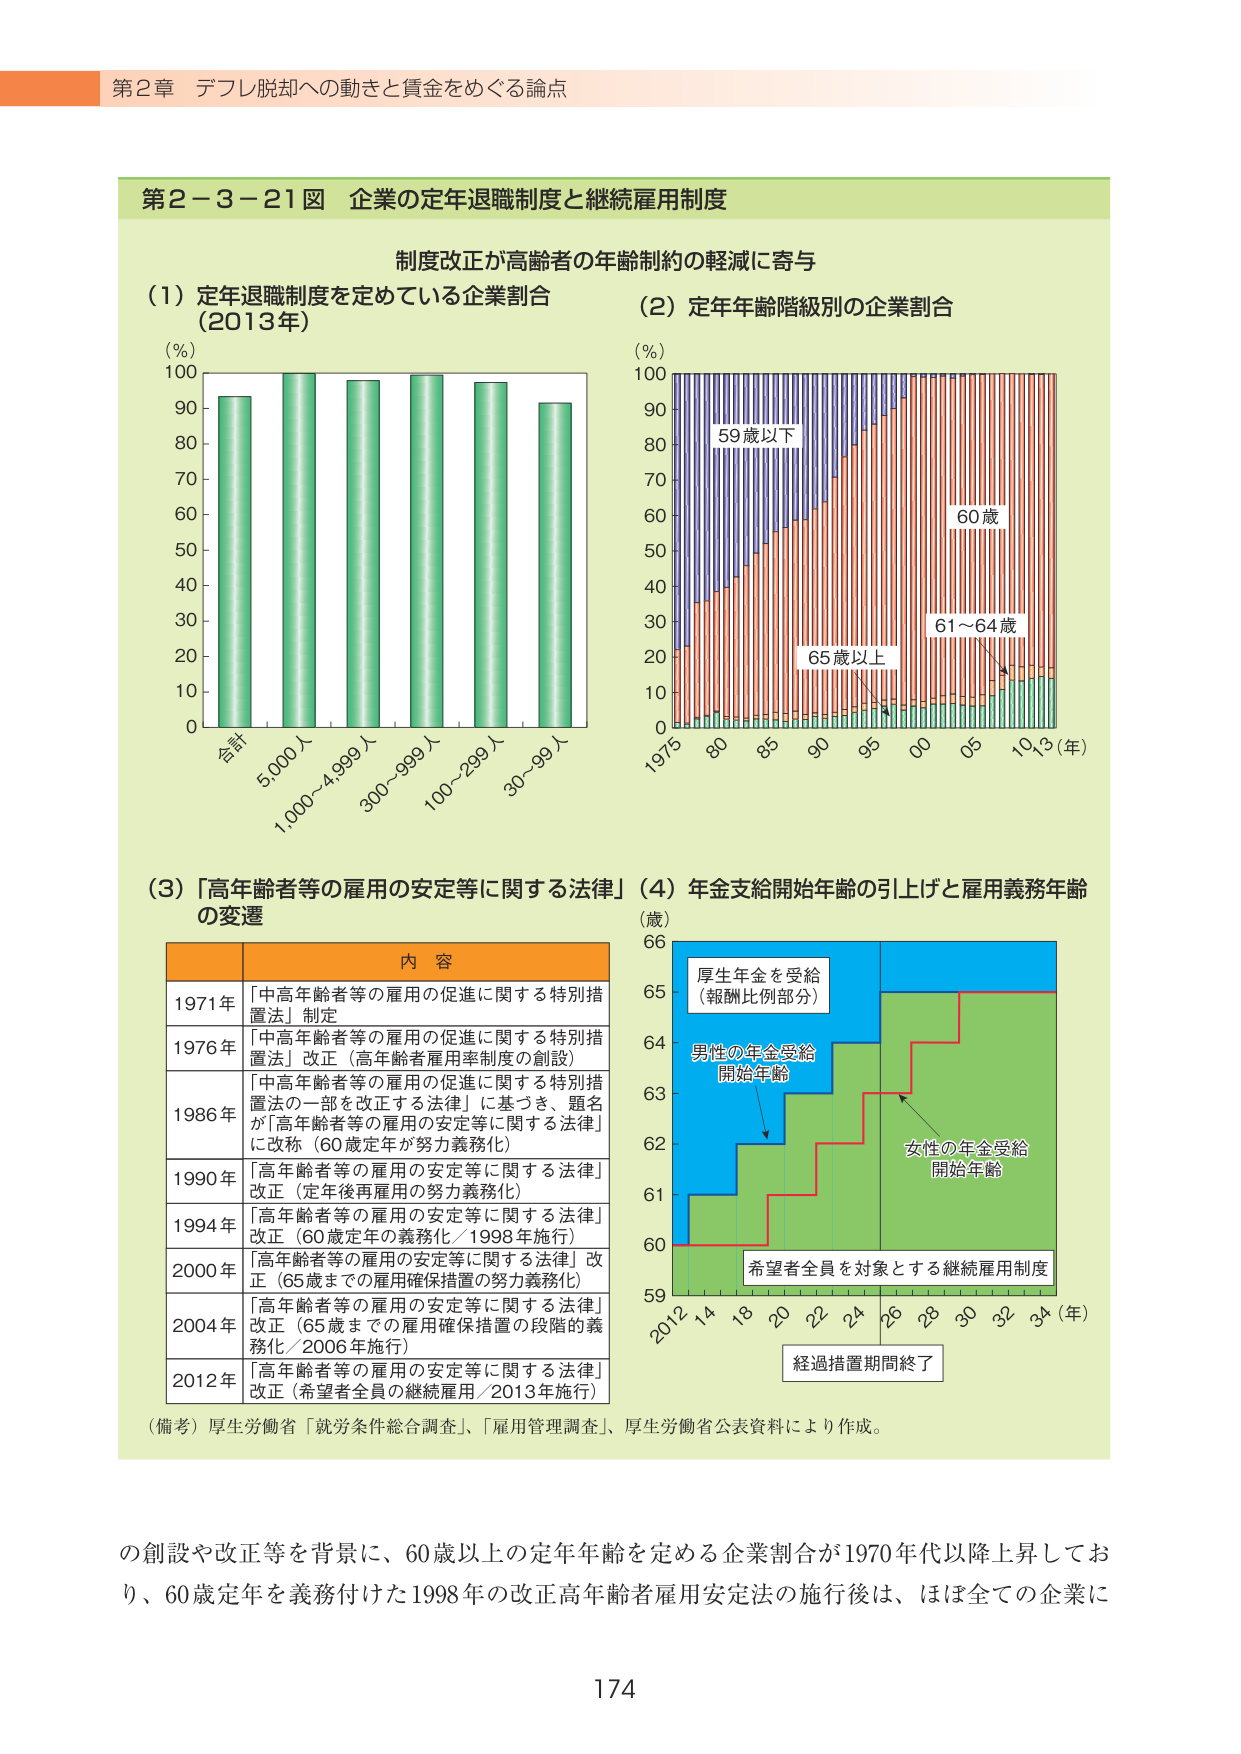
第2章 デフレ脱却への動きと賃金をめぐる論点

第2-3-21図 企業の定年退職制度と継続雇用制度

制度改正が高齢者の年齢制約の軽減に寄与

(1) 定年退職制度を定めている企業割合
(2013年)

(%) 100
90
80
70
60
50
40
30
20
10
0

合計
5,000人
1,000～4,999人
300～999人
100～299人
30～99人

(2) 定年年齢階級別の企業割合

(%) 100
90
80
70
60
50
40
30
20
10
0

59歳以下
60歳
61～64歳
65歳以上

1975 80 85 90 95 00 05 10 13 (年)

(3) 「高年齢者等の雇用の安定等に関する法律」の変遷

内容

1971年 「中高年齢者等の雇用の促進に関する特別措置法」制定

1976年 「中高年齢者等の雇用の促進に関する特別措置法」改正（高年齢者雇用率制度の創設）

1986年 「中高年齢者等の雇用の促進に関する特別措置法の一部を改正する法律」に基づき、題名が「高年齢者等の雇用の安定等に関する法律」に改称（60歳定年が努力義務化）

1990年 「高年齢者等の雇用の安定等に関する法律」改正（定年後再雇用の努力義務化）

1994年 「高年齢者等の雇用の安定等に関する法律」改正（60歳定年の義務化／1998年施行）

2000年 「高年齢者等の雇用の安定等に関する法律」改正（65歳までの雇用確保措置の努力義務化）

2004年 「高年齢者等の雇用の安定等に関する法律」改正（65歳までの雇用確保措置の段階的義務化／2006年施行）

2012年 「高年齢者等の雇用の安定等に関する法律」改正（希望者全員の継続雇用／2013年施行）

(4) 年金支給開始年齢の引上げと雇用義務年齢

(歳) 66
65
64
63
62
61
60
59

厚生年金を受給（報酬比例部分）
男性の年金受給開始年齢
女性の年金受給開始年齢
希望者全員を対象とする継続雇用制度

2012 14 16 18 20 22 24 26 28 30 32 34 (年)

経過措置期間終了

（備考）厚生労働省「就労条件総合調査」、「雇用管理調査」、厚生労働省公表資料により作成。

の創設や改正等を背景に、60歳以上の定年年齢を定める企業割合が1970年代以降上昇しており、60歳定年を義務付けた1998年の改正高年齢者雇用安定法の施行後は、ほぼ全ての企業に

174